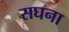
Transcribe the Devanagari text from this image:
सघना